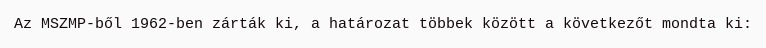
Az MSZMP-ből 1962-ben zárták ki, a határozat többek között a következőt mondta ki: